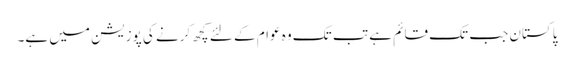
پاکستان جب تک قائم ہے تب تک وہ عوام کے لئے کچھ کرنے کی پوزیشن میں ہے۔